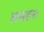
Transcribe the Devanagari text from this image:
साम्प्रदाय।